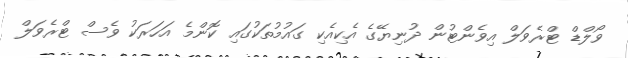
ވޯލްޑް ޓްރެވަލް އިވެންޓުން ދުނިޔޭގެ އެކިއެކި ގައުމުތަކުގައި ކޮންމެ އަހަރަކު ވެސް ޓްރެވަލް